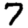
Digit: 7